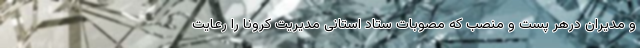
و مدیران درهر پست و منصب که مصوبات ستاد استانی مدیریت کرونا را رعایت